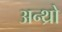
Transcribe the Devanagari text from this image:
अन्थ्रो